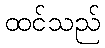
ထင်သည်